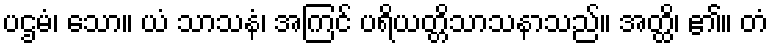
ပဌမံ၊ သော။ ယံ သာသနံ၊ အကြင် ပရိယတ္တိသာသနာသည်။ အတ္ထိ၊ ၏။ တံ